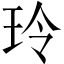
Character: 玲